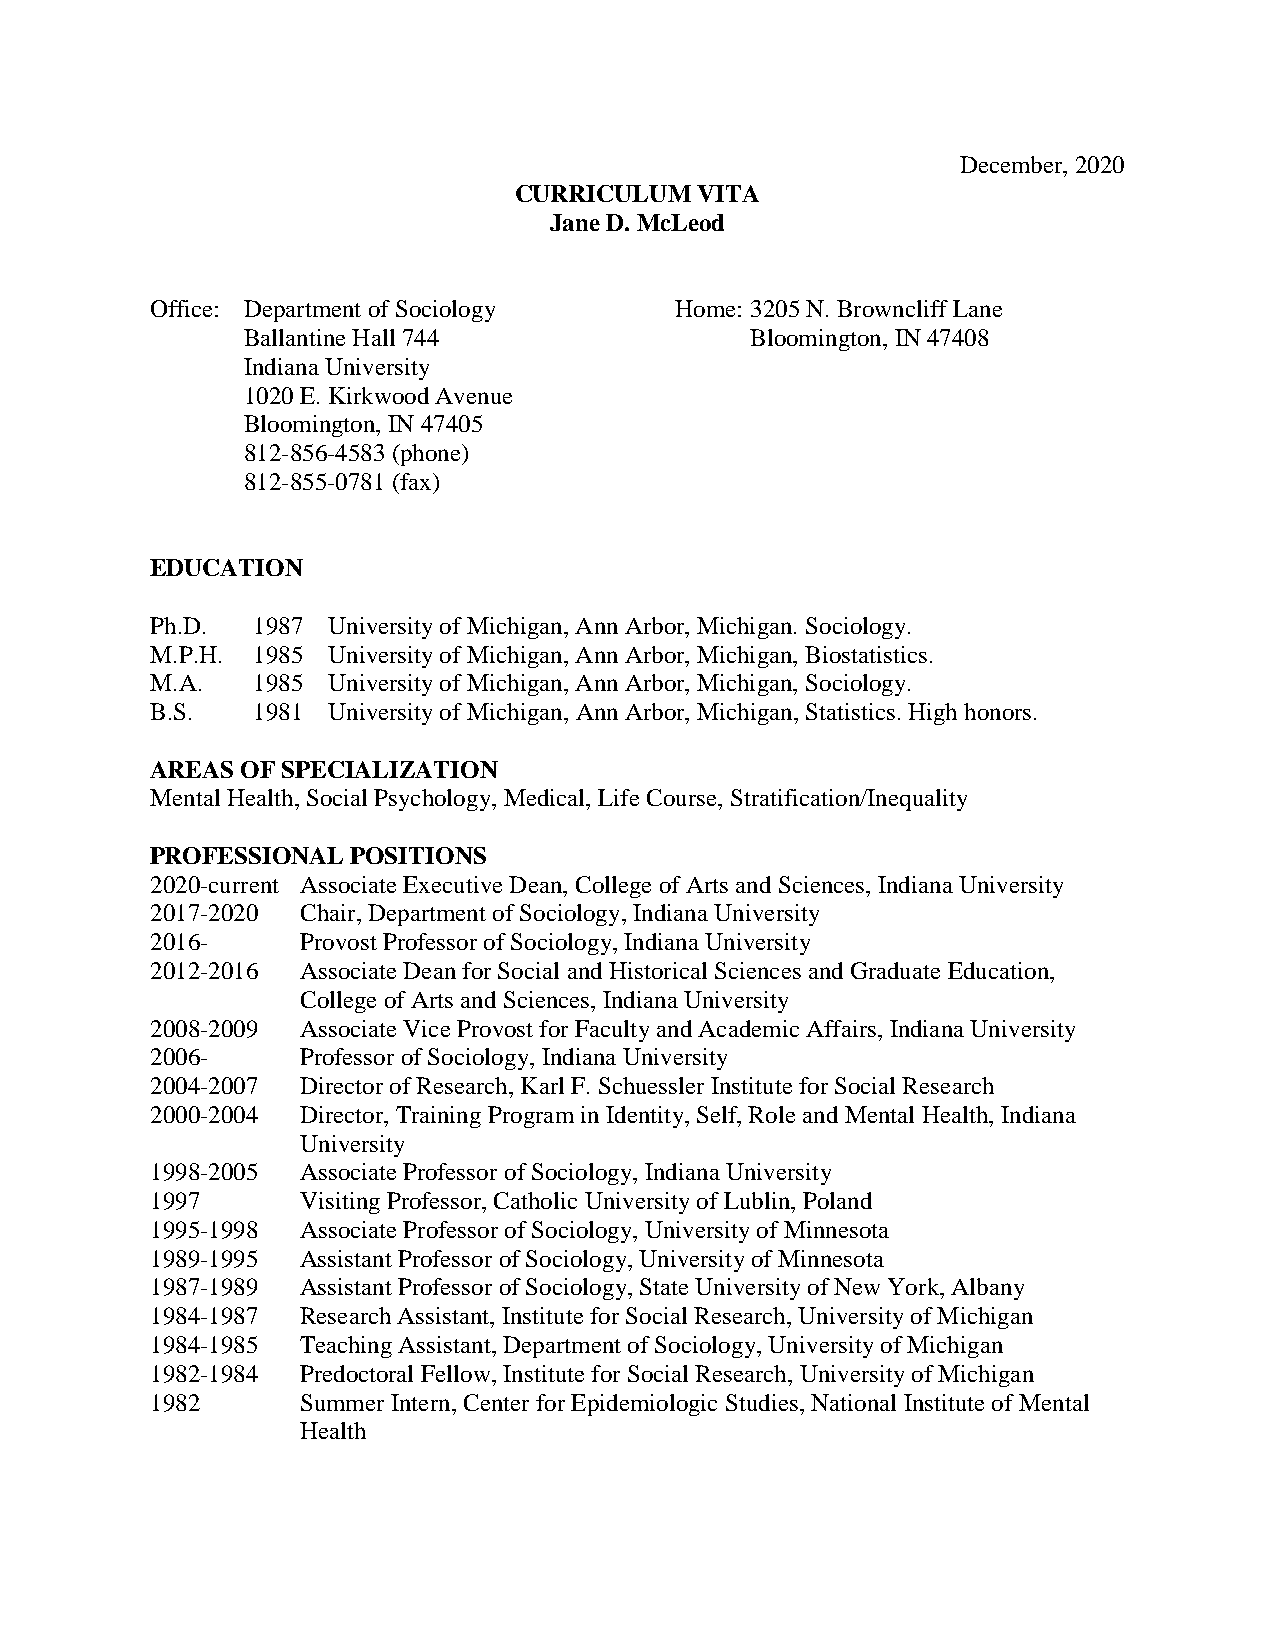
December, 2020
 CURRICULUM  VITA
 Jane D. McLeod
 Office: Department of Sociology    Home: 3205 N. Browncliff Lane
 Ballantine Hall 744               Bloomington, IN 47408
 Indiana University
 1020 E. Kirkwood Avenue
 Bloomington, IN 47405
 812-856-4583 (phone)
 812-855-0781 (fax)
 EDUCATION
 Ph.D.  1987 University of Michigan, Ann Arbor, Michigan. Sociology.
 M.P.H. 1985 University of Michigan, Ann Arbor, Michigan, Biostatistics.
 M.A.   1985 University of Michigan, Ann Arbor, Michigan, Sociology.
 B.S.   1981 University of Michigan, Ann Arbor, Michigan, Statistics. High honors.
 AREAS OF SPECIALIZATION
 Mental Health, Social Psychology, Medical, Life Course, Stratification/Inequality
 PROFESSIONAL POSITIONS
 2020-current Associate Executive Dean, College of Arts and Sciences, Indiana University
 2017-2020 Chair, Department of Sociology, Indiana University
 2016-     Provost Professor of Sociology, Indiana University
 2012-2016 Associate Dean for Social and Historical Sciences and Graduate Education,
 College of Arts and Sciences, Indiana University
 2008-2009 Associate Vice Provost for Faculty and Academic Affairs, Indiana University
 2006-     Professor of Sociology, Indiana University
 2004-2007 Director of Research, Karl F. Schuessler Institute for Social Research
 2000-2004 Director, Training Program in Identity, Self, Role and Mental Health, Indiana
 University
 1998-2005 Associate Professor of Sociology, Indiana University
 1997      Visiting Professor, Catholic University of Lublin, Poland
 1995-1998 Associate Professor of Sociology, University of Minnesota
 1989-1995 Assistant Professor of Sociology, University of Minnesota
 1987-1989 Assistant Professor of Sociology, State University of New York, Albany
 1984-1987 Research Assistant, Institute for Social Research, University of Michigan
 1984-1985 Teaching Assistant, Department of Sociology, University of Michigan
 1982-1984 Predoctoral Fellow, Institute for Social Research, University of Michigan
 1982      Summer Intern, Center for Epidemiologic Studies, National Institute of Mental
 Health